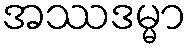
အဿဒမ္မာ